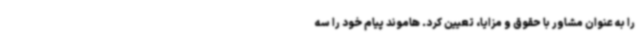
را به عنوان مشاور با حقوق و مزایا، تعیین کرد. هاموند پیام خود را سه